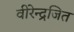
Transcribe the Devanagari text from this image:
वीरेन्द्रजित